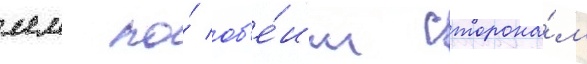
мм по́ об'е́им сторона́м